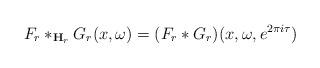
LaTeX: \begin{align*}F_r *_{\mathbf{H}_r} G_r(x, \omega) = (F_r * G_r)(x,\omega,e^{2 \pi i \tau})\end{align*}